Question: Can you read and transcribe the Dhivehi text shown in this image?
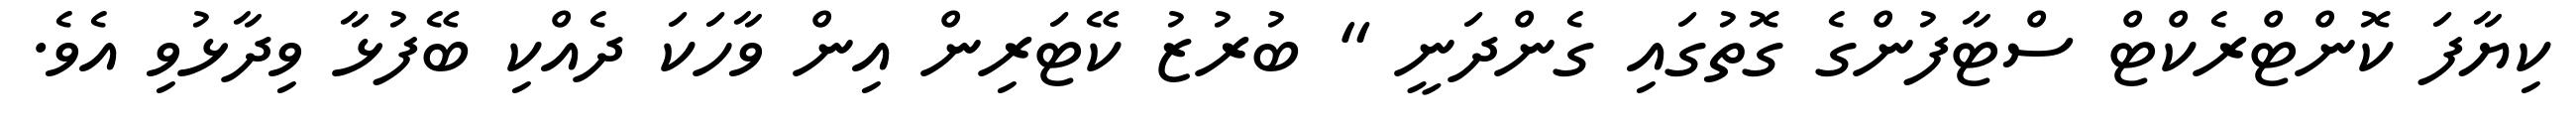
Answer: ކިޔާފަ ކޮންޓްރެކްޓް ސްޓާފުންގެ ގޮތުގައި ގެންދަނީ " ބުރުޒު ކޭޓަރިން އިން ވާހަކަ ދެއްކި ބޭފުޅާ ވިދާޅުވި އެވެ.